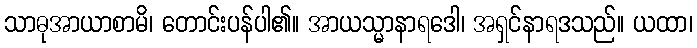
သာဓုအာယာစာမိ၊ တောင်းပန်ပါ၏။ အာယသ္မာနာရဒေါ၊ အရှင်နာရဒသည်။ ယထာ၊